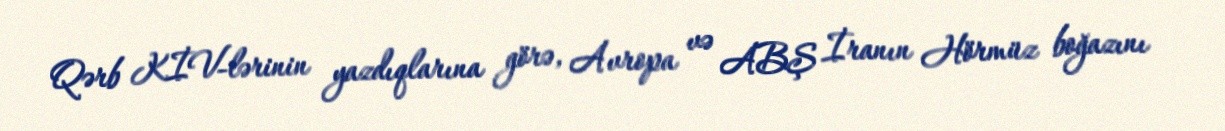
Qərb KİV-lərinin yazdıqlarına görə, Avropa və ABŞ İranın Hörmüz boğazını